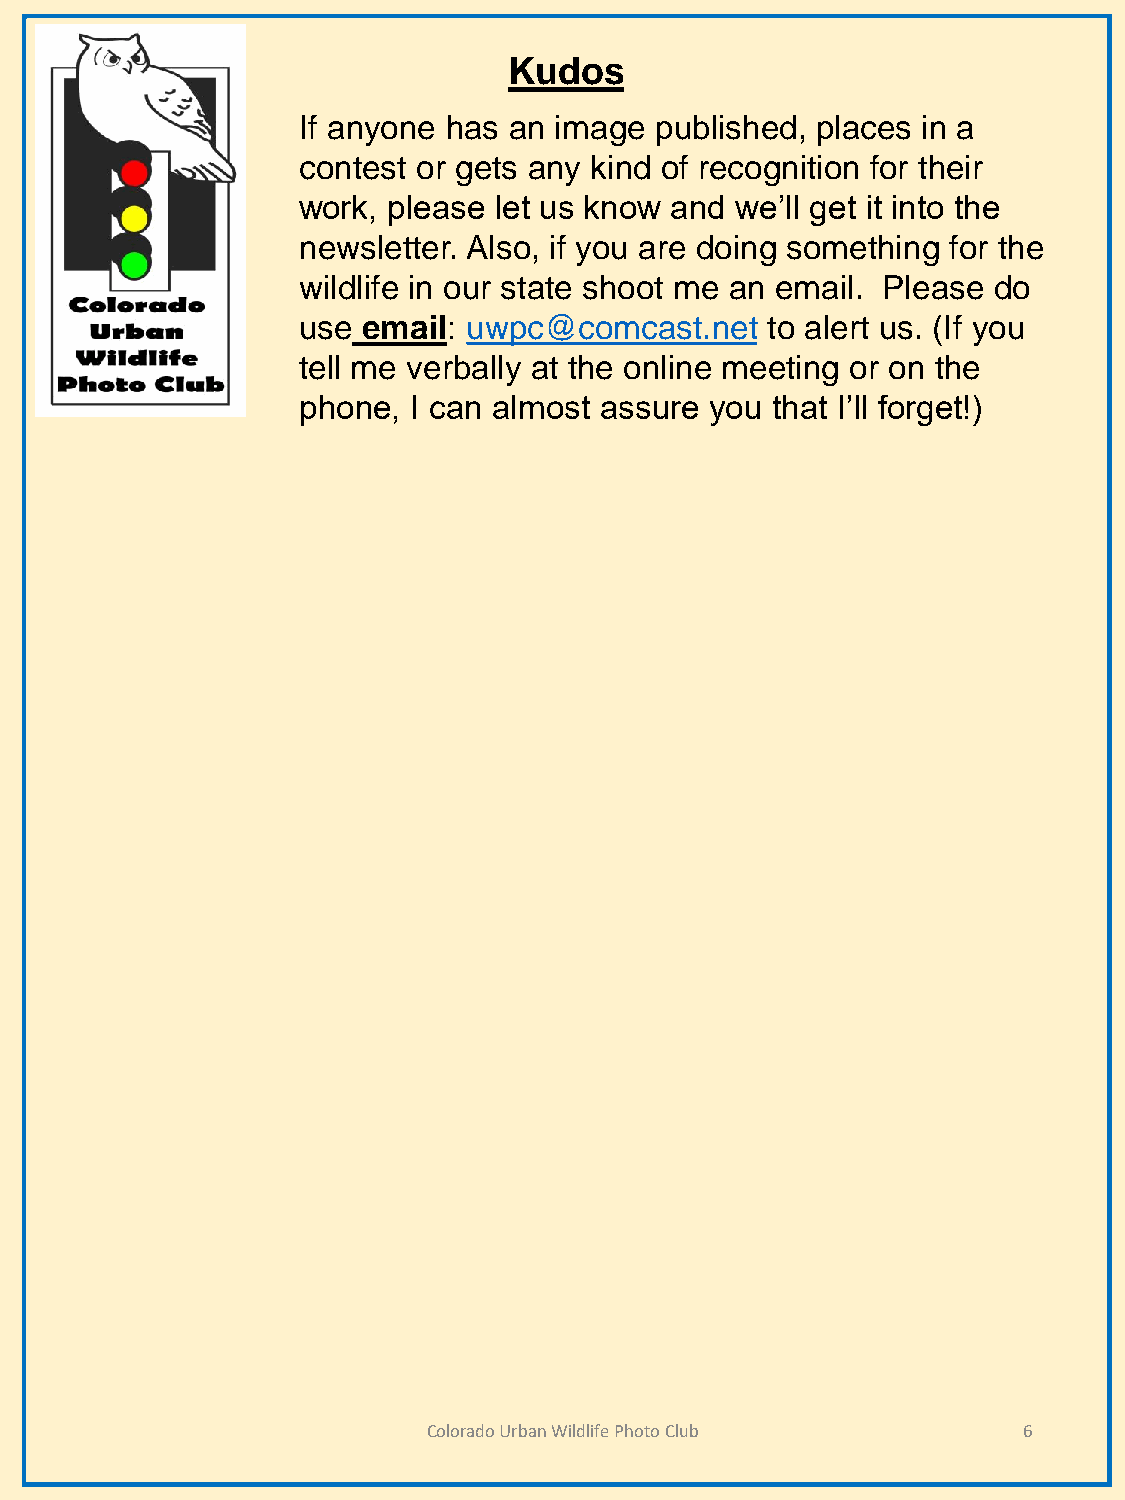
Kudos
 If anyone has an image published, places in a
 contest or gets any kind of recognition for their
 work, please let us know and we’ll get it into the
 newsletter. Also, if you are doing something for the
 wildlife in our state shoot me an email. Please do
 use email: uwpc@comcast.net    to alert us. (If you
 tell me verbally at the online meeting or on the
 phone, I can almost assure you that I’ll forget!)
 Colorado Urban Wildlife Photo Club      6